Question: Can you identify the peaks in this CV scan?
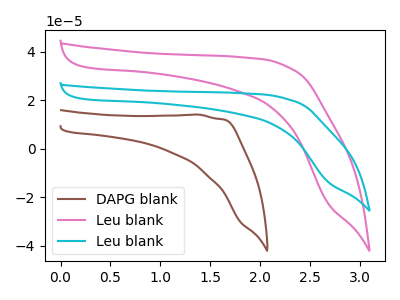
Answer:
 <answer>The brown curve "DAPG blank" has no peaks. The pink curve "Leu blank" has no peaks. The cyan curve "Leu blank" has no peaks.</answer>
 <eval></eval>